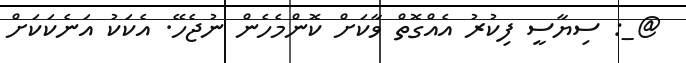
@_: ސިޔާސީ ފިކުރު އެއްގޮތް ވާކަށް ކޮންމެހެން ނުޖެހޭ. އެކަކު އަނެކަކަށް